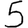
Digit: 5